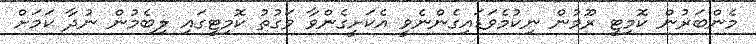
މެންބަރުން ކޮމިޓީ ރޫމުން ނިކުމެވަޑައިގެންނެވީ އެކަށީގެންވާ ވަގުތު ކޮމިޓީގައި ލިބެމުން ނުދާ ކަމަށް